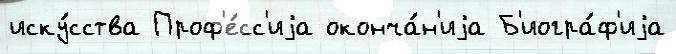
иску́сства Проф'е́сс'иjа оконча́н'иjа Б'иогра́ф'иjа